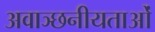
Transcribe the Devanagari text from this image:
अवाञ्छनीयताओं